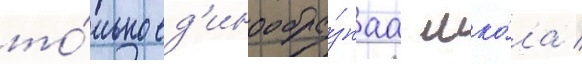
то́лько ед'инообра́знаа шко́ла /